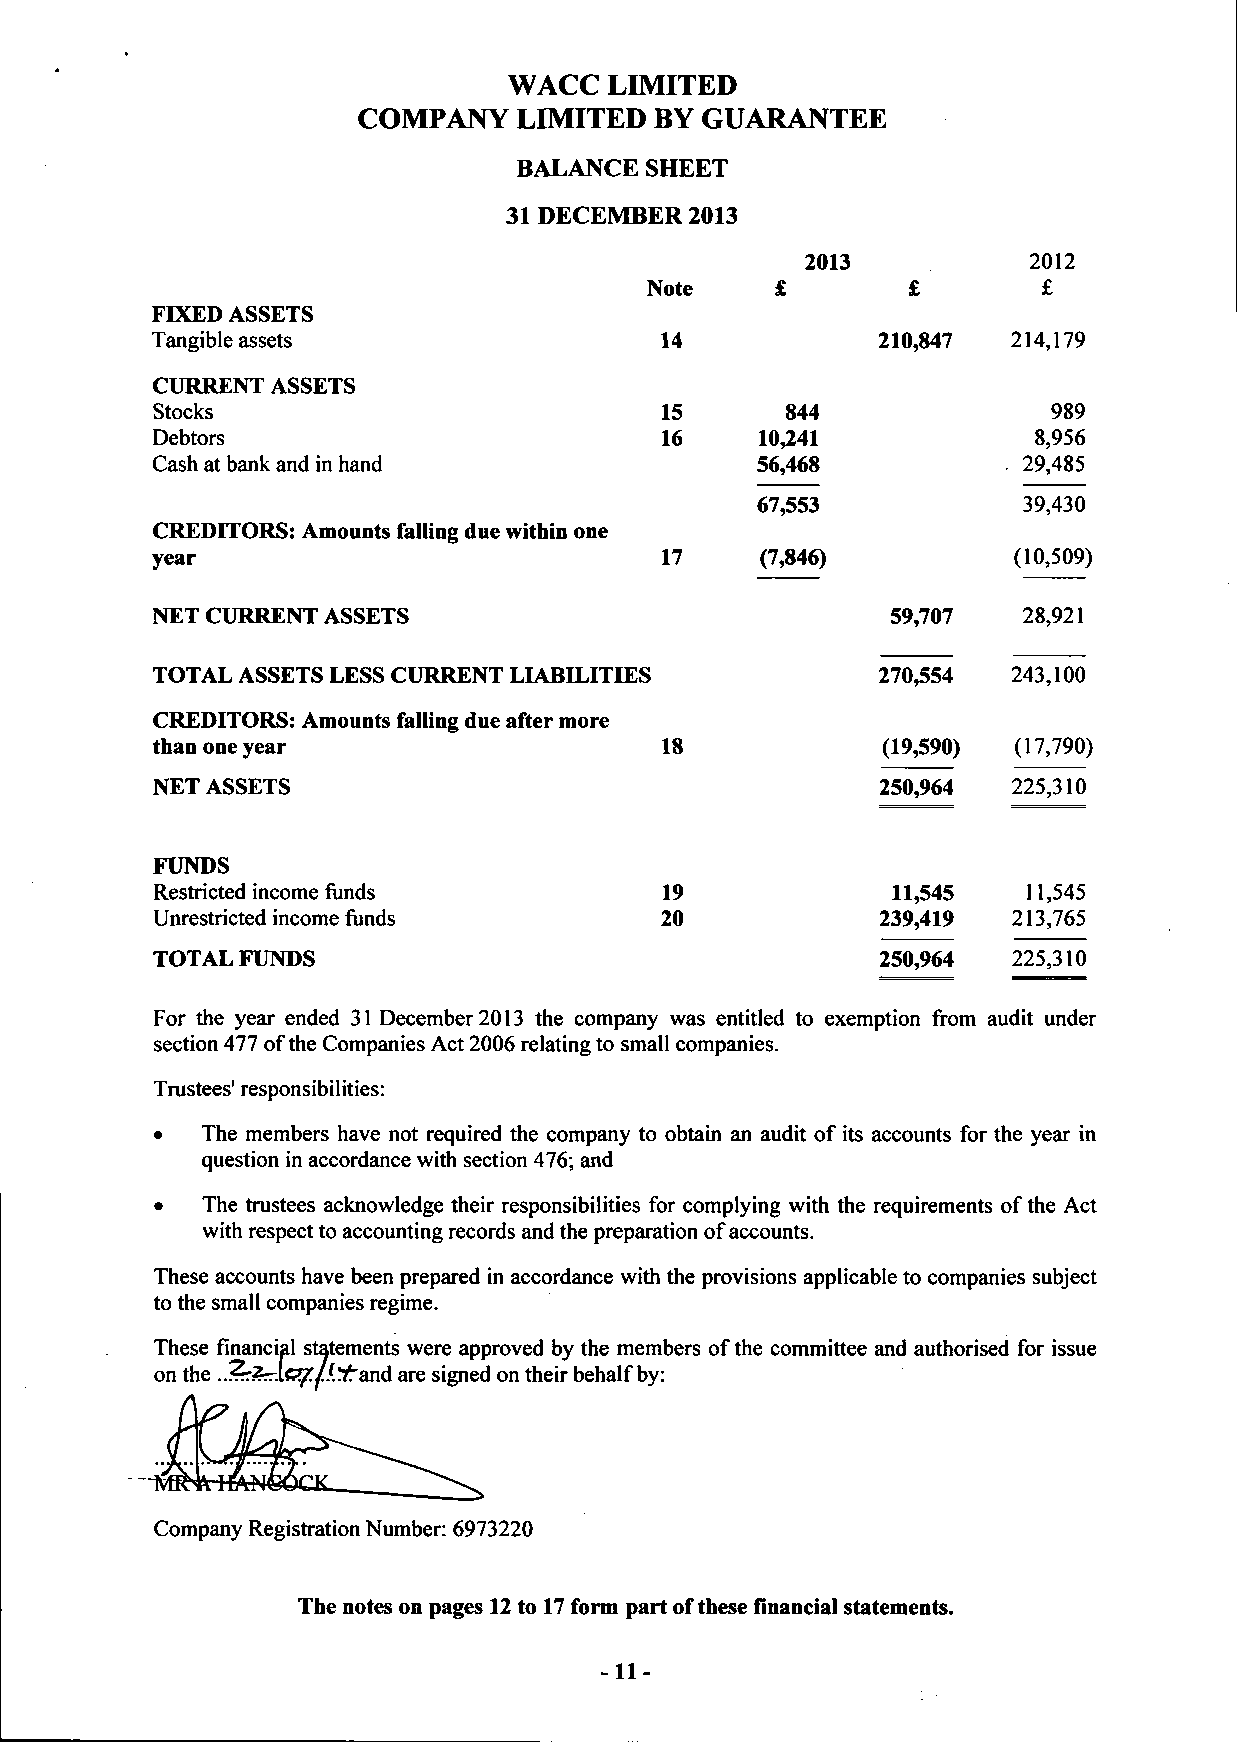
WACC  LIMITED
 COMPANY   LIMITED  BY GUARANTEE
 BALANCE SHEET
 31 DECEMBER 2013
 2013           2012
 Note             £        £
 FIXED ASSETS
 Tangible assets                   14            210,847  214,179
 CURRENT ASSETS
 Stocks                            15      844               989
 Debtors                           16    10,241            8,956
 Cash at bank and in hand                56,468           . 29,485
 67,553            39,430
 CREDITORS: Amounts falling due within one
 (7,846)          (10,509)
 year                              17
 59,707   28,921
 NET CURRENT ASSETS
 270,554  243,100
 TOTAL ASSETS LESS CURRENT LIABDLITIES
 CREDITORS: Amounts falling due after more
 (19,590) (17,790)
 than one year                     18
 NET ASSETS                                      250,964  225,310
 FUNDS
 Restricted income funds           19             11,545   11,545
 Unrestricted income funds         20            239,419  213,765
 TOTAL FUNDS                                     250,964  225,310
 For the year ended 31 December 2013 the company was entitled to exemption from audit under
 section 477 of the Companies Act 2006 relating to small companies.
 Trustees' responsibilities:
 •  The members have not required the company to obtain an audit of its accounts for the year in
 question in accordance with section 476; and
 •  The trustees acknowledge their responsibilities for complying with the requirements of the Act
 with respect to accounting records and the preparation of accounts.
 These accounts have been prepared in accordance with the provisions applicable to companies subject
 to the small companies regime.
 These financial statements were approved by the members of the committee and authorised for issue
 on the ..?r2.l<2^//.:7?'and are signed on their behalf by:
 rr
 Company Registration Number: 6973220
 The notes on pages 12 to 17 form part of these financial statements.
 -11-